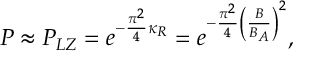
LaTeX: P \approx P _ { L Z } = e ^ { - \frac { \pi ^ { 2 } } { 4 } \kappa _ { R } } = e ^ { - \frac { \pi ^ { 2 } } { 4 } \left( \frac { B } { B _ { A } } \right) ^ { 2 } } ,